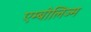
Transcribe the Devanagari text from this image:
एम्बोलिज्म